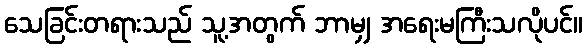
သေခြင်းတရားသည် သူ့အတွက် ဘာမျှ အရေးမကြီးသလိုပင်။